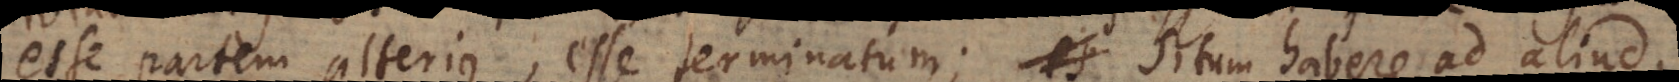
esse partem alterius, esse terminatum; situm habere ad aliud